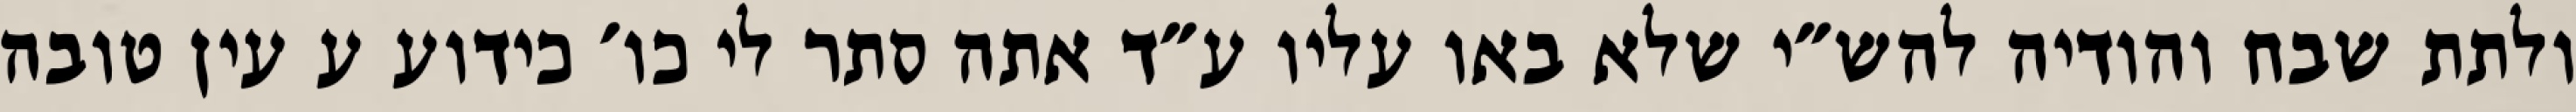
ולתת שבח והודיה להש״י שלא באו עליו ע״ד אתה סתר לי כו׳ כידוע ע עין טובה